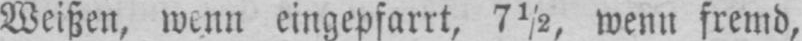
Weißen, wenn eingepfarrt, 7½, wenn fremd,